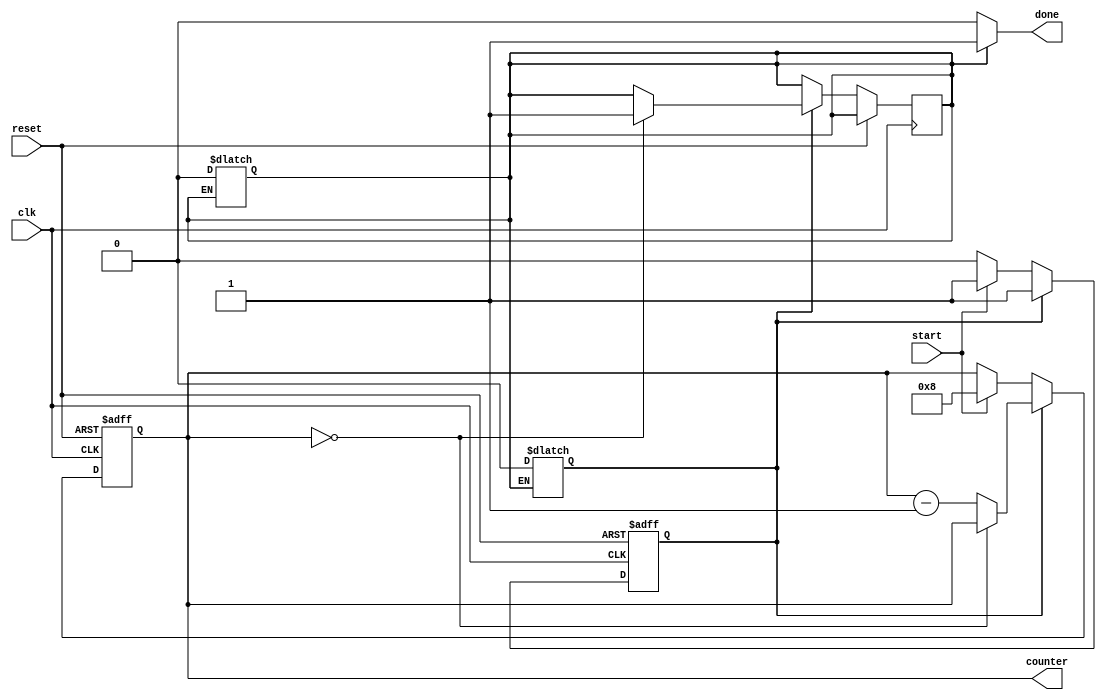
module decremental_for_loop(
    input wire clk, // Clock signal
    input wire reset, // Reset signal
    input wire start, // Start signal
    output reg done, // Done signal
    output reg [7:0] counter // Loop counter
);

// Define parameters for initial value, step size, and termination condition
parameter INITIAL_VALUE = 8;
parameter STEP_SIZE = 1;
parameter TERMINATION_CONDITION = 0;

// Define internal signals for loop control
reg enable;
reg terminate;

always @ (posedge clk or posedge reset) begin
    if (reset) begin
        enable <= 0;
        counter <= 0;
    end else begin
        if (enable) begin
            if (counter == TERMINATION_CONDITION) begin
                terminate <= 1;
            end else begin
                counter <= counter - STEP_SIZE;
            end
        end else if (start) begin
            counter <= INITIAL_VALUE;
            enable <= 1;
        end
    end
end

always @ * begin
    if (terminate) begin
        done <= 1;
        enable <= 0;
        terminate <= 0;
    end else begin
        done <= 0;
    end
end

endmodule